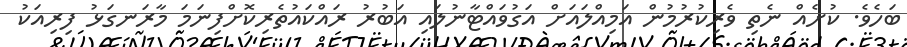
ބަހެވެ. ކުށެއް ނެތި ވެރިކުރުމުން އަމިއްލައަށް އަގުވައްޓާނުލައި އަބުރު ރައްކައުތެރިކޮށްފިނަމަ މާރަނގަޅު ފިރިއަކު